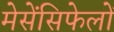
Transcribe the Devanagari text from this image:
मेसेंसिफेलों